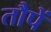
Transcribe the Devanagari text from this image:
तौपें